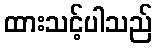
ထားသင့်ပါသည်